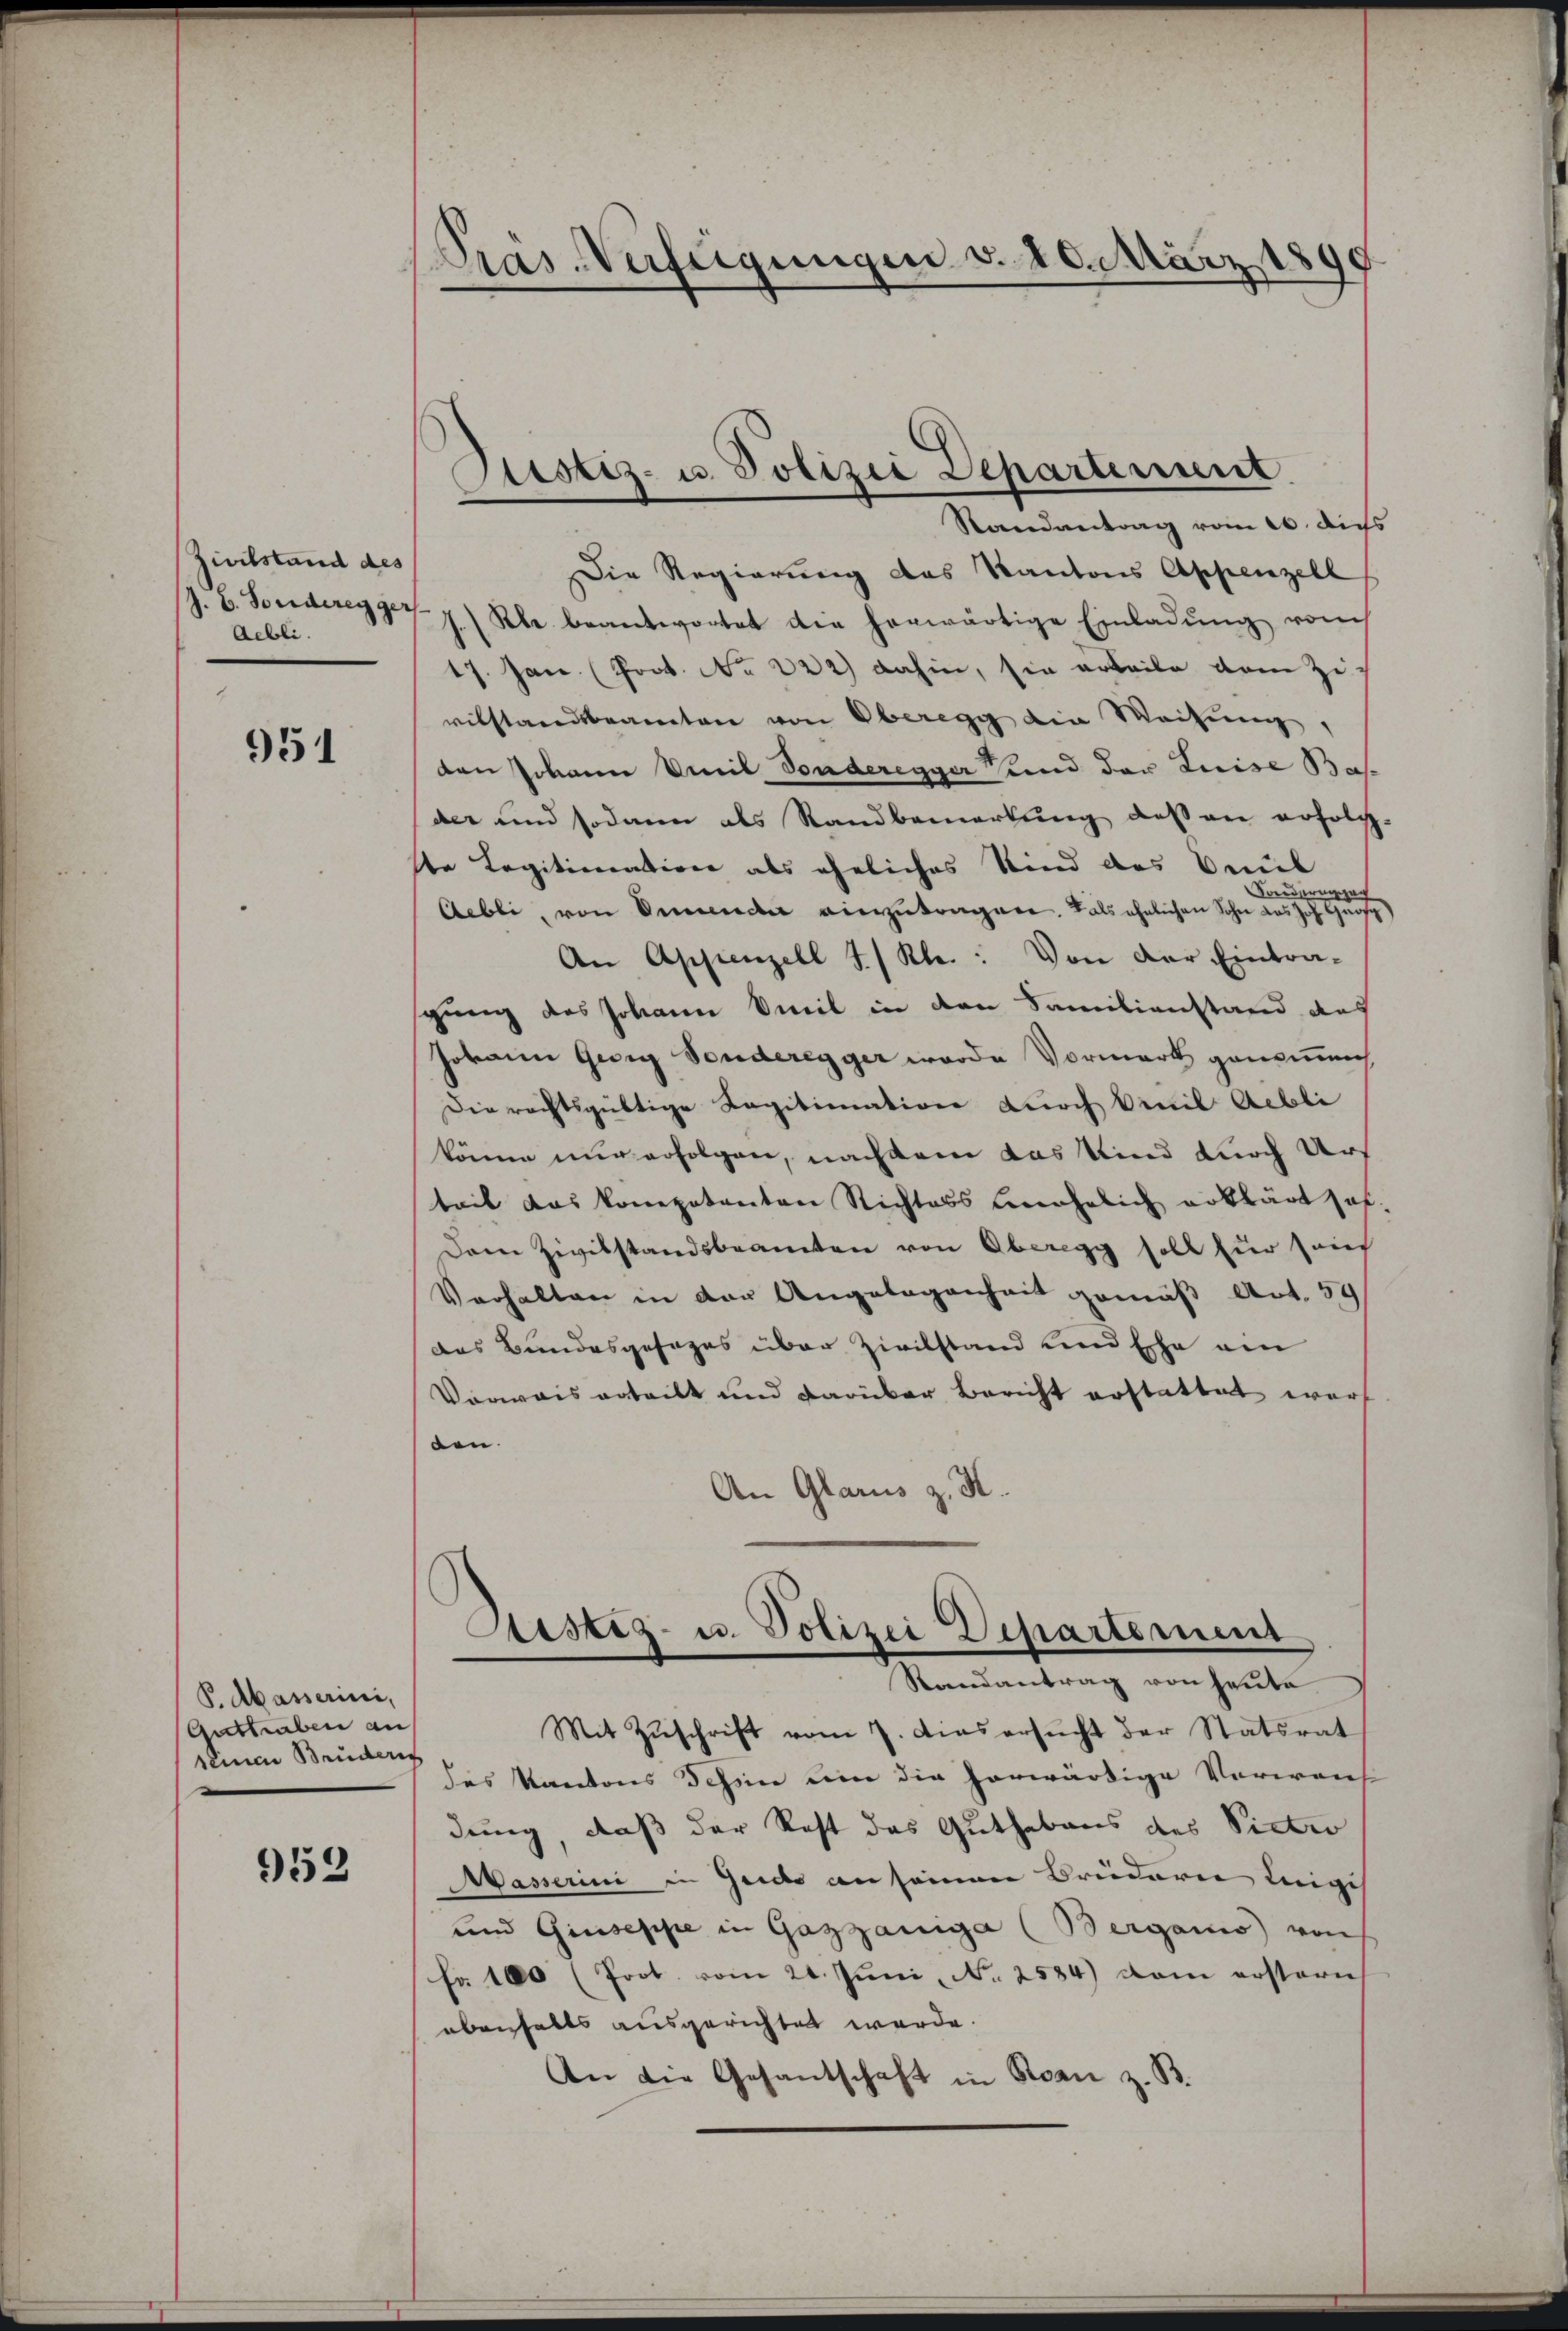
Zivilstand des
J. 6. Forderegger
Aebli

951

P. Akasserini,
Guttraben an
seiner Brüderen

952

Prás-Verfügungen v. 20. März 1890

Die Regierung des Kantons Appenzell
s. Kle beantwortet die herwärtige Einladung vom
17. Jan. (Joct. No 222) dahin, sie erteile dem Zi
vilstandsbeamten von Oberegg die Weisung,
den Johann Emil Sonderegger und der Luise Bas
der und sodann als Randbemerkung des an erfolch
te Legitimation als eheliches Kind des Paul
Aebli, von Unender vierzutragen. Tals ähnlichen Sohn des eine
An Appenzell I/Rh.: Von der Eintrasgung des Johann weil in den Familienstand das
Jovann Georg Sonderegger wurde Vormark genommen
Die rechtsgültige Legitimation durch Civil Aebli
könne nur erfolgen, nachdem das Kind durch Urteil das kompetenten Richtabs benehelich erklärt hat.
Dem Zivilstandsbeamten von Oberegg soll für solch
Verhalten in der Angelegenheit gemäß Art. 59
das Bundesgesages über Zivilstand und Ehe am
Vorwais erteilt und darüber Bericht erstattet wert
den.
An Glarus z. K.
Sistiz- u. Polizei Departement
Randantrag von heute
Mit Zŭschrift vom 7. dies ersŭcht der Statsrat
des Kantons Tessin um die herwärtige Vorweich
dung, daß der Rest das Guthabens des Victio
Wasserini in Guido an seinen Brüdern Leige
und Giuseppe in Gazzaniga (Berganis von
fr. 100 (Prot. vom 21. Juni, No. 2584) dem erstere
eberhalts ausgerichtet werde.
An die Gesandschaft in Roan z. B.

Ptistiz- u. Polizei Departement
Randantrag vom 26. diss